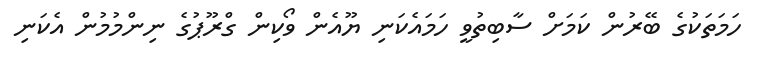
ހަމަތަކުގެ ބޭރުން ކަމަށް ސާބިތުވީ ހަމައެކަނި ޔޫއެން ވޯކިން ގްރޫޕުގެ ނިންމުމުން އެކަނި